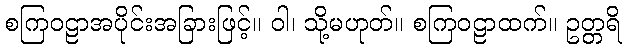
စကြဝဠာအပိုင်းအခြားဖြင့်။ ဝါ၊ သို့မဟုတ်။ စကြဝဠာထက်။ ဥတ္တရိ